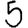
Digit: 5